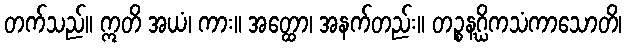
တက်သည်။ ဣတိ အယံ၊ ကား။ အတ္ထော၊ အနက်တည်း။ တဉ္စနဂ္ဃိကသံကာသောတိ၊